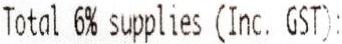
TOTAL 6% SUPPLIES (INC. GST):